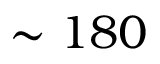
\sim 1 8 0